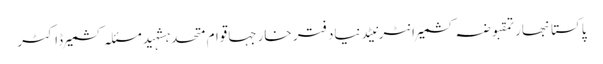
پاکستانبھارتمقبوضہ کشمیرانٹرنیٹدنیادفتر خارجہاقوام متحدہشہیدمسئلہ کشمیرڈاکٹر